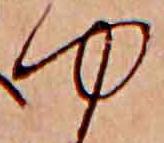
ゆ